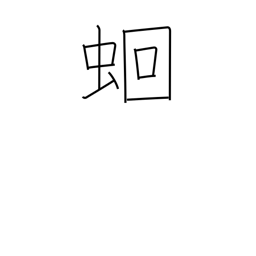
Meaning: intestinal worms